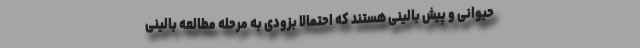
حیوانی و پیش بالینی هستند که احتمالا بزودی به مرحله مطالعه بالینی